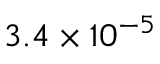
3 . 4 \times 1 0 ^ { - 5 }